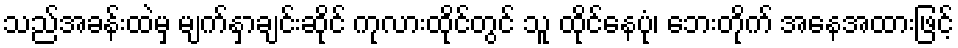
သည်အခန်းထဲမှ မျက်နှာချင်းဆိုင် ကုလားထိုင်တွင် သူ ထိုင်နေပုံ၊ ဘေးတိုက် အနေအထားဖြင့်